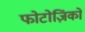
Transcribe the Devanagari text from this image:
फोटोज़िंको